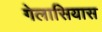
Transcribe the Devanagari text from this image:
गेलासियास